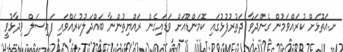
ށ.އަތޮޅަށް ކުރައްވަމުން ގެންދަވާ ދަތުރުފުޅުގައި ކޮމަންޑޫއަށް ވަޑައިގެން ރައްޔިތުންނާ ބައްދަލުކުރައްވައި ފައިސަލް ވިދާޅުވީ